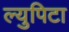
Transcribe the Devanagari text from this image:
ल्युपिटा